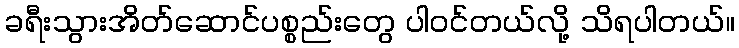
ခရီးသွားအိတ်ဆောင်ပစ္စည်းတွေ ပါဝင်တယ်လို့ သိရပါတယ်။